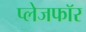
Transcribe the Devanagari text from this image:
प्लेजफॉर